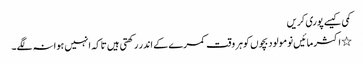
کمی کیسے پوری کریں
٭ اکثر مائیں نومولود بچوں کوہر وقت کمرے کے اندر رکھتی ہیں تاکہ انہیں ہوا نہ لگے۔